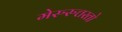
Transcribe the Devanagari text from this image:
मेरुरुत्तरतो